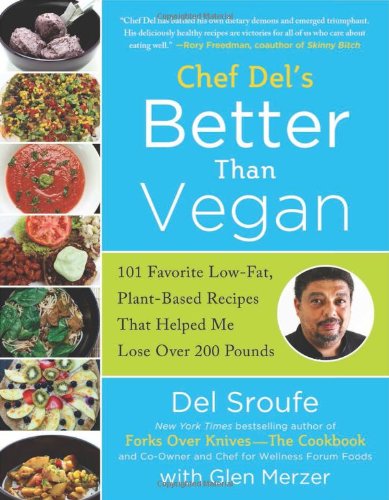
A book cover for Better Than Vegan: 101 Favorite Low-Fat, Plant-Based Recipes That Helped Me Lose Over 200 Pounds; Del Sroufe; Cookbooks, Food & Wine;